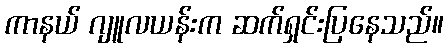
ကာနယ် ဂျူလယန်းက ဆက်ရှင်းပြနေသည်။